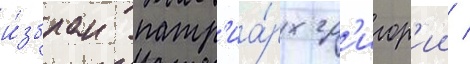
и́збран патр'иа́рх гр'игор'ии /